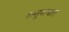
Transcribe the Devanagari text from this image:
वस्तूबाबात